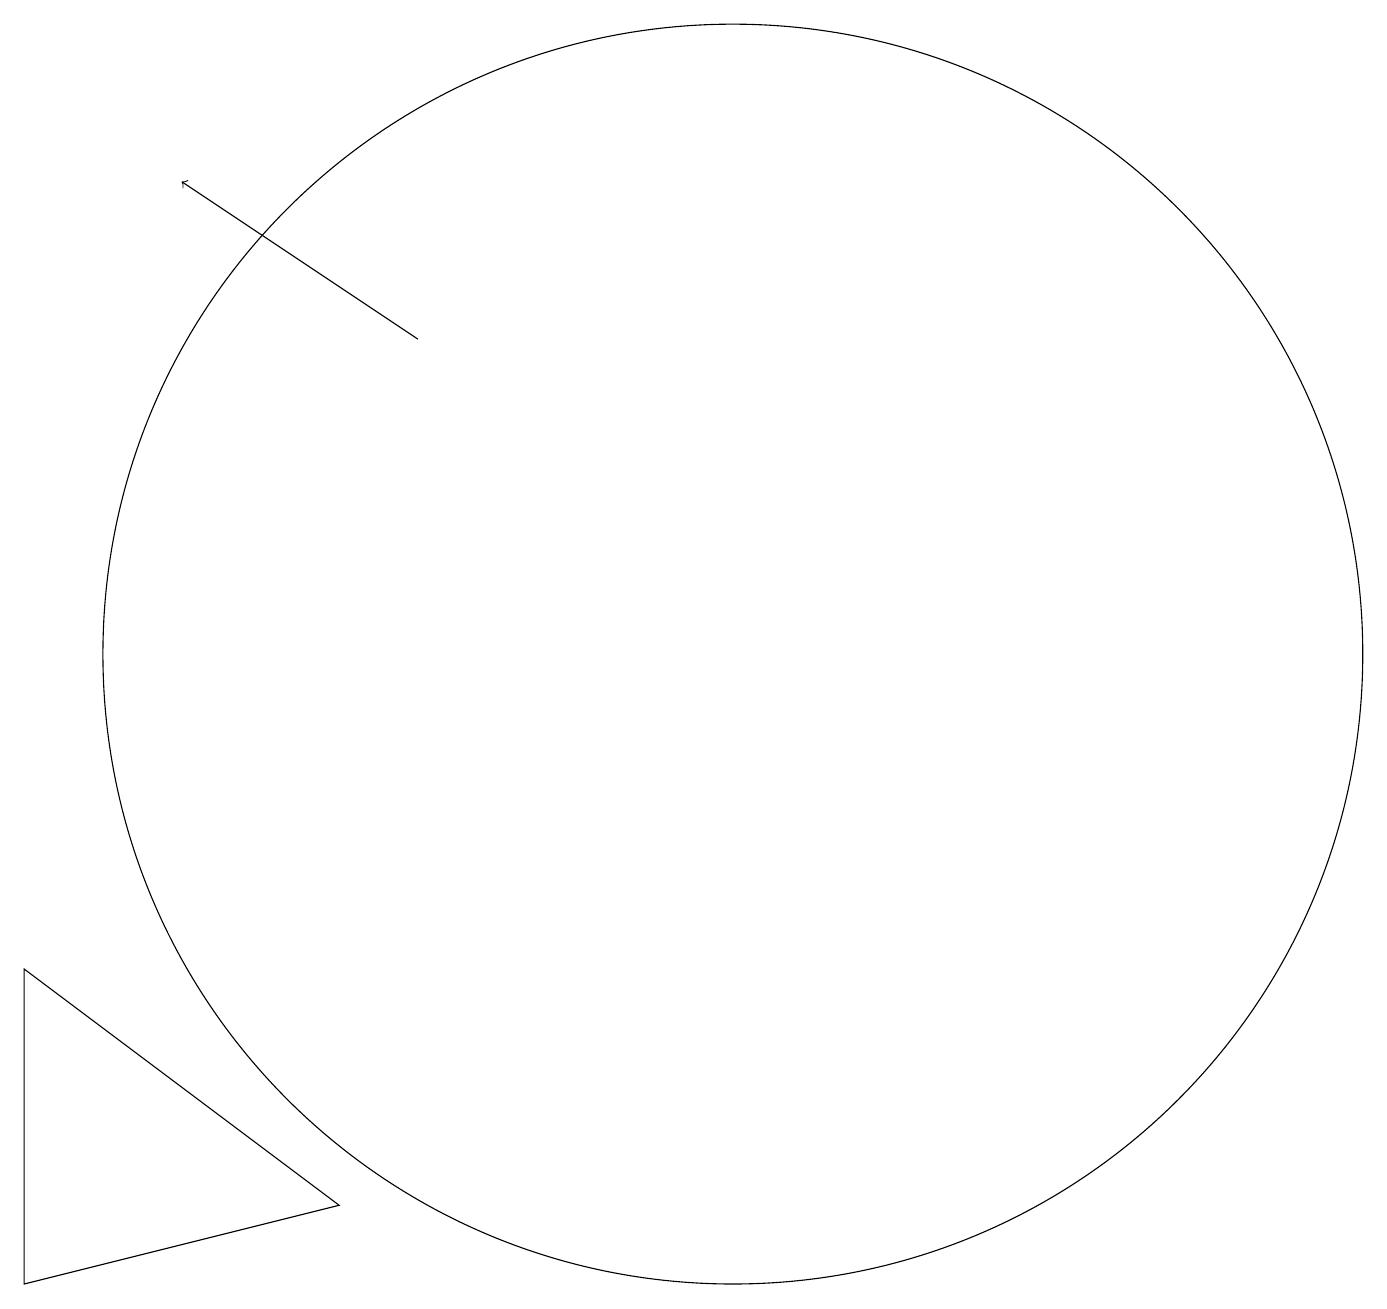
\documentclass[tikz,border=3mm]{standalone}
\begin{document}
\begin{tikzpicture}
\draw (2,3) -- (2,7) -- (6,4) -- cycle;
\draw (11,11) circle (8);
\draw[->] (7,15) -- (4,17);
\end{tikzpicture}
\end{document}